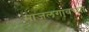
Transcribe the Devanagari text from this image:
माजलगावच्या